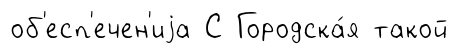
об'есп'ечен'иjа С Городска́я такой